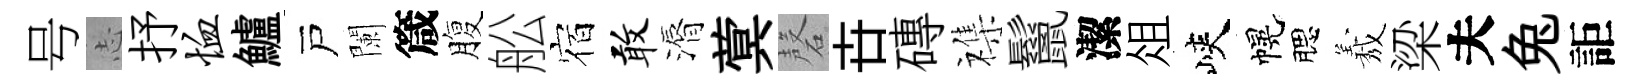
号𢖽抒恤鱸戸闌箴腹舩宿敢漘蓂磬卋磚襍鬣潔俎峽幌腮𦏁梁夫兔詎